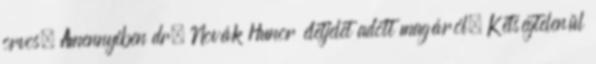
orvos. Amennyiben dr. Novák Hunor életjelet adott magáról. Kétségtelenül